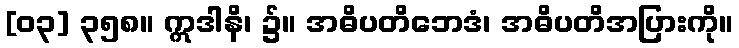
[၀၃] ၃၅၈။ ဣဒါနိ၊ ၌။ အဓိပတိဘေဒံ၊ အဓိပတိအပြားကို။